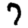
Digit: 7